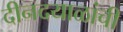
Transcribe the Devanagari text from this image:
दीनदयाळांची